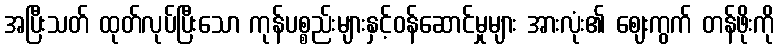
အပြီးသတ် ထုတ်လုပ်ပြီးသော ကုန်ပစ္စည်းများနှင့်ဝန်ဆောင်မှုများ အားလုံး၏ ဈေးကွက် တန်ဖိုးကို